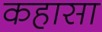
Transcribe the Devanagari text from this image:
कहासा